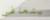
يتعافى